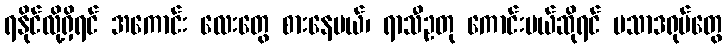
ရနိုင်လို့ရှိရင် အကောင်း လေးတွေ စားနေမယ်၊ ရာသီဥတု ကောင်းမယ်ဆိုရင် ပသာဒရုပ်တွေ